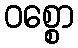
ဝစ္စော